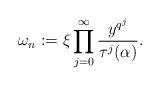
LaTeX: \begin{align*}\omega_n:=\xi \prod_{j=0}^{\infty}\frac{y^{q^j}}{\tau^j(\alpha)}.\end{align*}